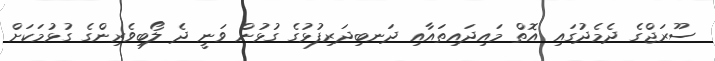
ސޫރަޖްގެ ދެމެދުގައި އޮތް މައިދައިތައާއި ދަނބިދަރިފުޅުގެ ގުޅުން ވަނީ ދެ ލޯބިވެރިންގެ ގުޅުމަކަށް